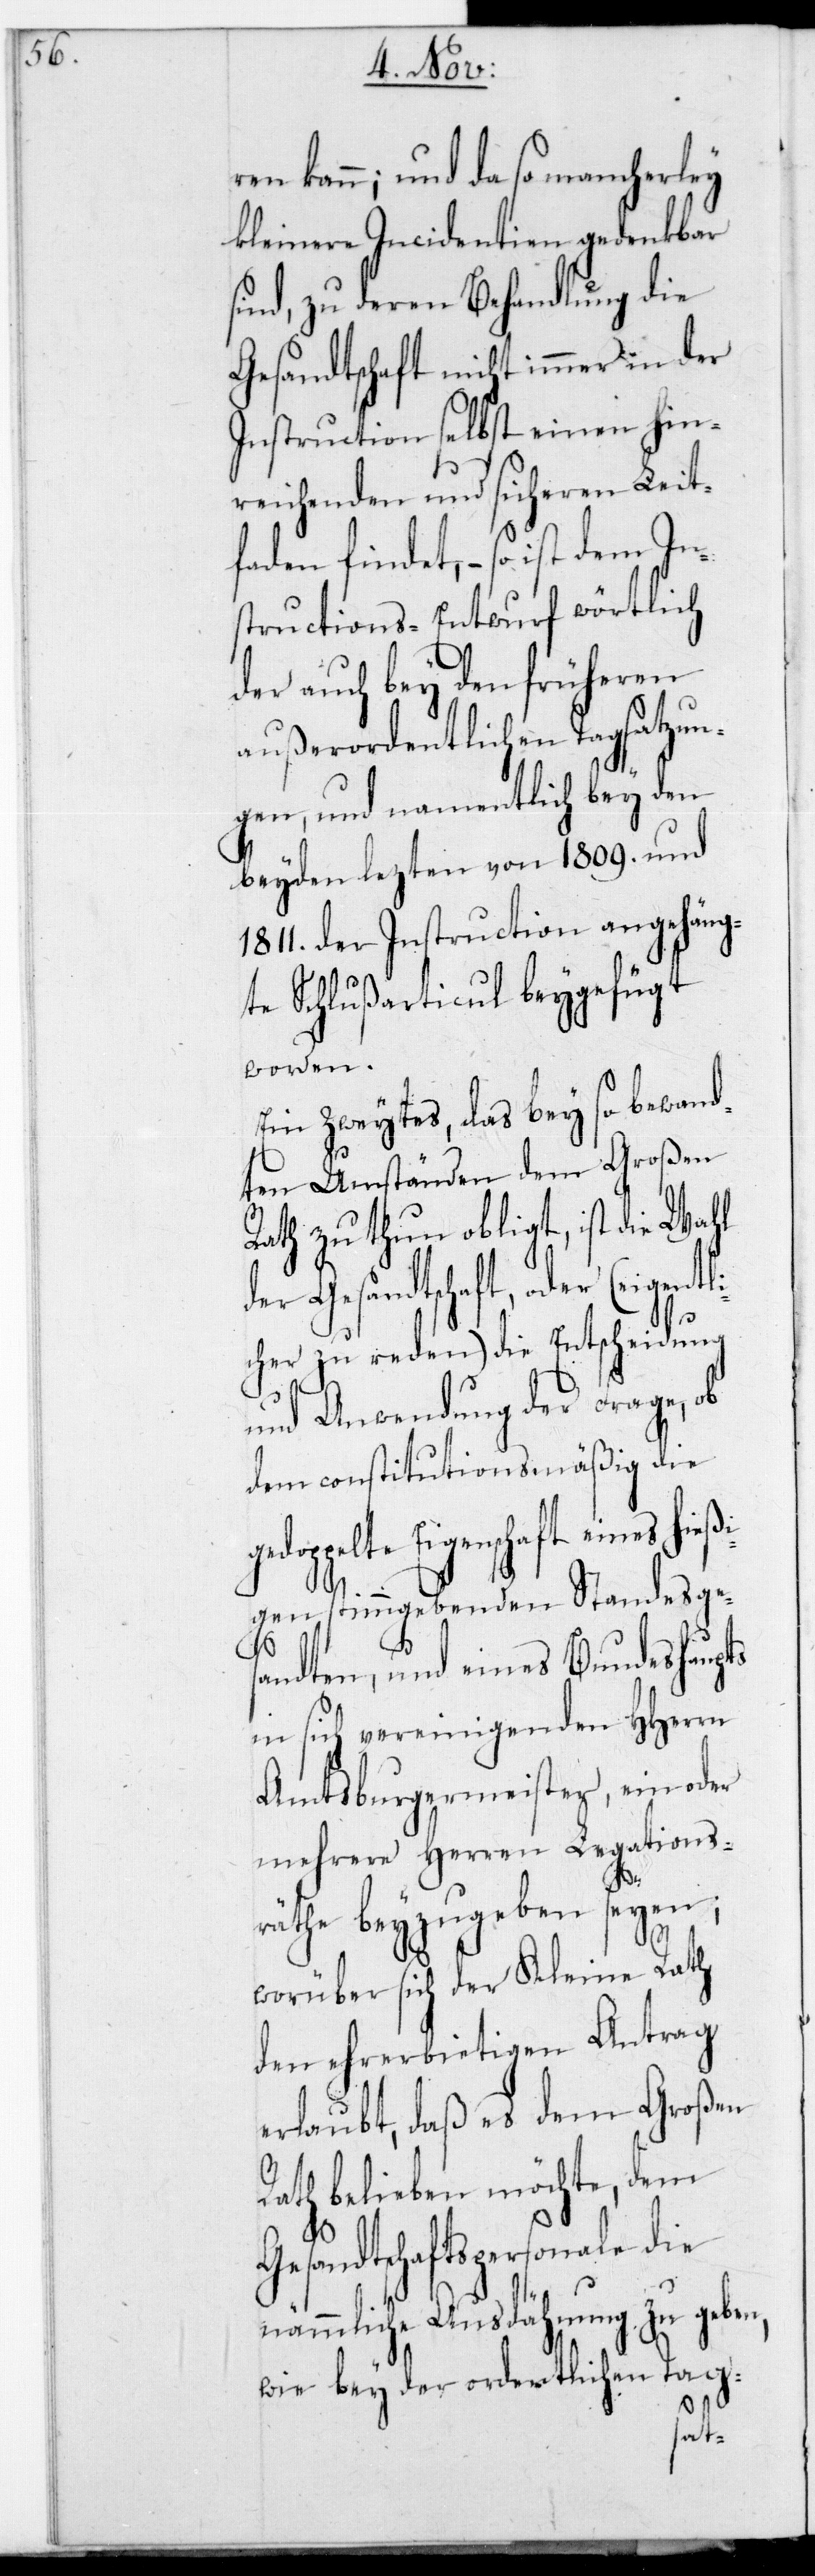
m In¬
ren kann; und da so mancherlei
kleinere Incidentien gedenkbar
sind, zu deren Behandlung die
Gesandtschaft nicht immer in der
Instruction selbst einen hin¬
reichenden und sicheren Leit¬
faden findet, – so ist de¬
structions-Entwurf wörtlich
der auch bey den früheren
außerordentlichen Tagsatzun¬
gen, und namentlich bey den
beyden letzten von 1809. und
1811. der Instruction angehäng¬
te Schlußarticul beygefügt
worden.
Ein Zweytes, das bey so bewand¬
ten Umständen dem großen
Rath zu thun obligt, ist die Wahl
der Gesandtschaft, oder (eig¬
cher zu reden) die Entscheidung
und Anwendung der Frage, ob
dem constitutionsmäßig die
Eigenschaft eines hieß¬
igen stimmgebenden Standesges¬
andten, und eines Bundeshaupts
in sich vereinigenden HHerrn
Amtsburgermeister, ein oder
mehrere Herren Legations¬
räthe beyzugeben seyen;
worüber sich der Kleine Rath
den ehrerbietigen Antrag
erlaubt, daß es dem Großen
Rath belieben möchte, dem
sandtschaftspersonale die
nämmliche Ausdehnung zu geben,
wie bey der ordentlichen Tag-
Ge¬